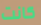
كانت